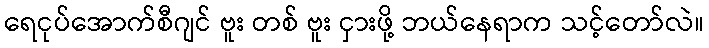
ရေငုပ်အောက်စီဂျင် ဗူး တစ် ဗူး ငှားဖို့ ဘယ်နေရာက သင့်တော်လဲ။